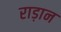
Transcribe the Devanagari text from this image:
राड़ान